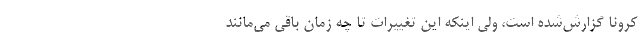
کرونا گزارش‌شده است، ولی اینکه این تغییرات تا چه زمان باقی می‌مانند